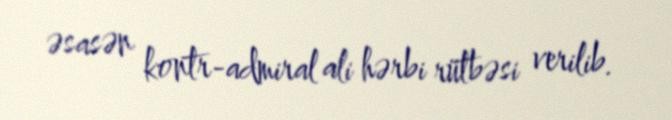
əsasən kontr-admiral ali hərbi rütbəsi verilib.